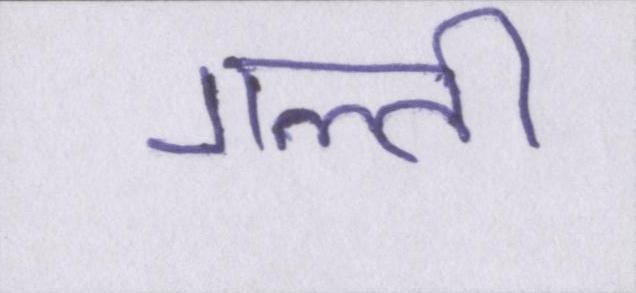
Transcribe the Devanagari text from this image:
गल्ती